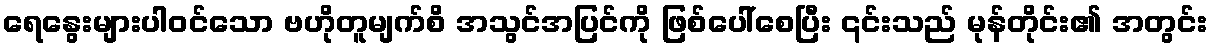
ရေနွေးများပါဝင်သော ဗဟိုတူမျက်စိ အသွင်အပြင်ကို ဖြစ်ပေါ်စေပြီး ၎င်းသည် မုန်တိုင်း၏ အတွင်း